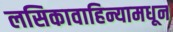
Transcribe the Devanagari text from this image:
लसिकावाहिन्यामधून